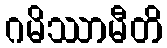
ဂမိဿာမီတိ